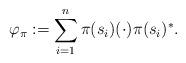
LaTeX: \begin{align*}\varphi_{\pi}:=\sum_{i=1}^n \pi(s_i)(\cdot)\pi(s_i)^*.\end{align*}